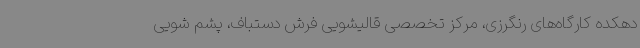
دهکده کارگاه‌های رنگرزی، مرکز تخصصی قالیشویی فرش دستباف، پشم شویی